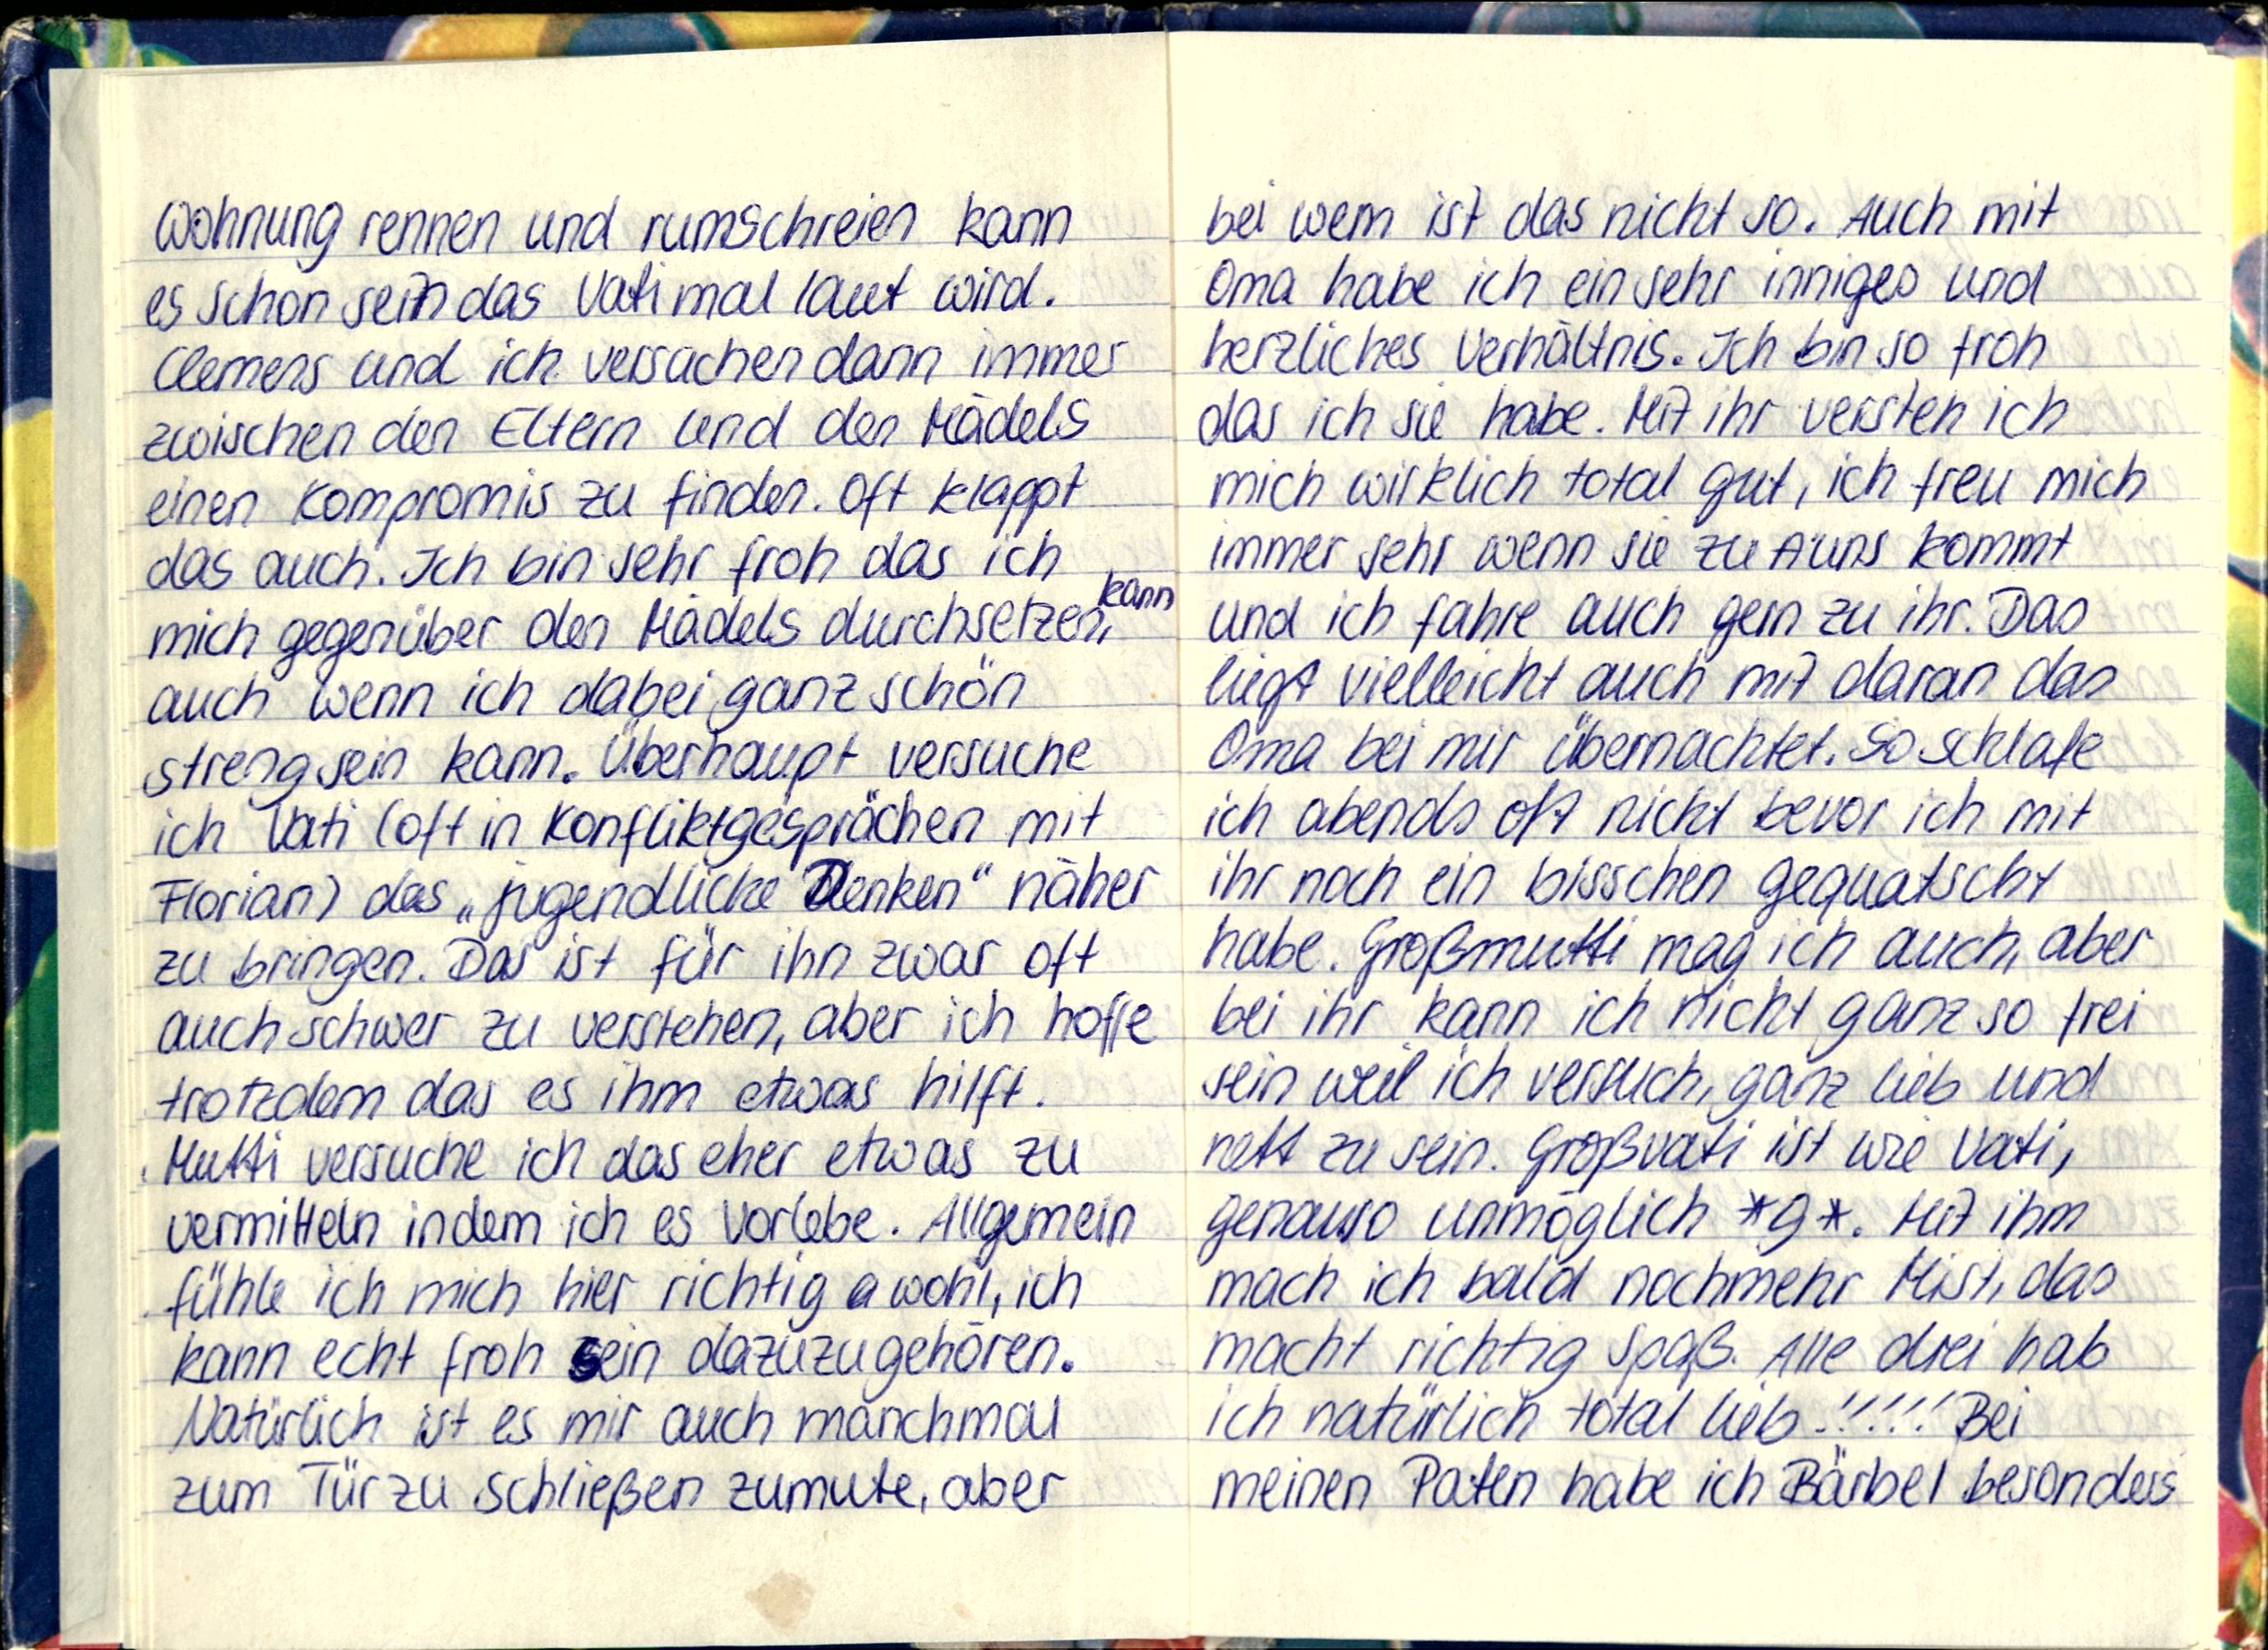
Wohnung rennen und rumschreien kann
es schon sein das Vati mal laut wird.
Clemens und ich versuchen dann immer
zwischen den Eltern und den Mädels
einen Kompromis zu finden. Oft klappt
das auch. Ich bin sehr froh das ich
mich gegenüber den Mädels durchsetzen
kann
auch wenn ich dabei ganz schön
streng sein kann. Überhaupt versuche
ich Vati (oft in Konfliktgesprächen mit
Florian) das „jugendliche Denken" näher
zu bringen. Das ist für ihn zwar oft
auch schwer zu verstehen, aber ich hoffe
trotzdem das es ihm etwas hilft.
Mutti versuche ich das eher etwas zu
vermitteln indem ich es vorlebe. Allgemein
fühle ich mich hier richtig wohl, ich
kann echt froh sein dazuzugehören.
Natürlich ist es mir auch manchmal
zum Tür zu schließen zumute, aber

bei wem ist das nicht so. Auch mit
Oma habe ich ein sehr inniges und
herzliches Verhältnis. Ich bin so froh
das ich sie habe. Mit ihr versteh ich
mich wirklich total gut, ich freu mich
immer sehr wenn sie zu A uns kommt
und ich fahre auch gern zu ihr. Das
liegt vielleicht auch mit daran das
Oma bei mir übernachtet. So schlafe
ich abends oft nicht bevor ich mit
ihr noch ein bisschen gequatscht
habe. Großmutti mag ich auch, aber
bei ihr kann ich nicht ganz so frei
sein weil ich versuch, ganz lieb und
nett zu sein. Großvati ist wie Vati,
genauso unmöglich *g*. Mit ihm
mach ich bald nochmehr Mist, das
machr richtig Spaß. Alle drei hab
ich natürlich total lieb!!!!! Bei
meinen Paten habe ich Bärbel besonders